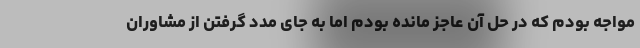
مواجه بودم که در حل آن عاجز مانده بودم اما به جای مدد گرفتن از مشاوران